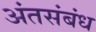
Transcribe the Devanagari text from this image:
अंतसंबंध